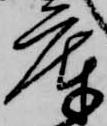
庫